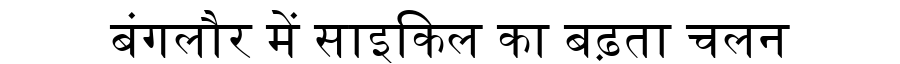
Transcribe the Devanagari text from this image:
बंगलौर में साइकिल का बढ़ता चलन